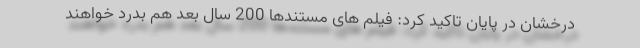
درخشان در پایان تاکید کرد: فیلم های مستندها 200 سال بعد هم بدرد خواهند